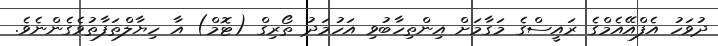
ދުވަހު އެފްއޭއެމްގެ ރައީސްގެ މަގާމަށް އިންތިހާބުވި އަހުމަދު ތޯރިގް (ޓޮމް) އާ ހިޔާލްތަފާތުވެގެންނެވެ.